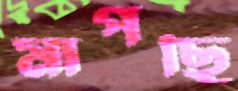
মাপছি